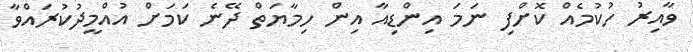
ވާއިރު ހުކުމެއް ކޮށްފި ނަމަ އިންޑިއާ އިން ހިމާޔަތް ދޭނެ ކަމަށް އުއްމީދުކުރައްވާ